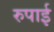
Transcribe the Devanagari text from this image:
रुपाई